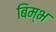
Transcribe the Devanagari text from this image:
बिम्भ